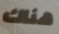
هناك